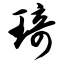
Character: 琦